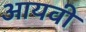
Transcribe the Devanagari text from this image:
आयवी